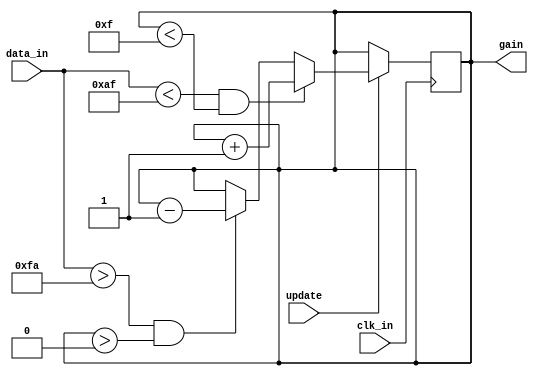
`timescale 1ns / 1ps
module agc_module(
input clk_in,
input update,//  
input [7:0] data_in, //  
output [3:0] gain
);
	 
reg [3:0] gain_reg = 'd0;
assign gain = gain_reg;

always @ (posedge clk_in)
begin
	if (update == 'd1)
	begin
		if ((data_in < 'd175) && (gain_reg < 'd15)) gain_reg<= gain_reg + 'd1;
		else if ((data_in > 'd250) && (gain_reg > 'd0)) gain_reg<= gain_reg - 'd1;
	end
end

endmodule